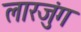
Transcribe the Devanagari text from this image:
लारजुंग